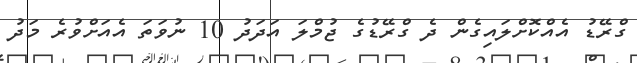
ގްރޭޑު އެއްކޮށްލައިގެން ދެ ގްރޭޑުގެ ޖުމްލަ އަދަދު 10 ނުވަތަ އެއަށްވުރެ މަދު